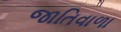
જાતિવાળા